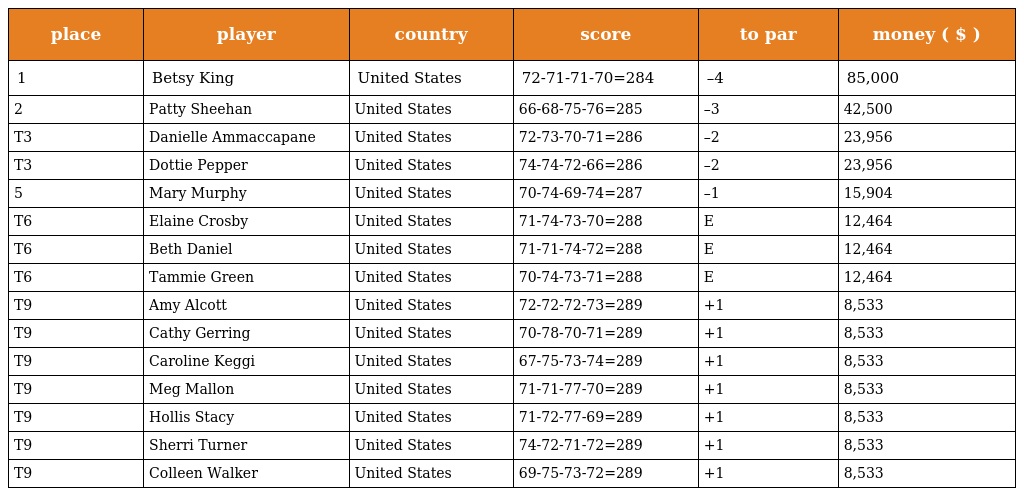
| place | player | country | score | to par | money ( $ ) |
 | --- | --- | --- | --- | --- | --- |
 | 1 | Betsy King | United States | 72-71-71-70=284 | –4 | 85,000 |
 | 2 | Patty Sheehan | United States | 66-68-75-76=285 | –3 | 42,500 |
 | T3 | Danielle Ammaccapane | United States | 72-73-70-71=286 | –2 | 23,956 |
 | T3 | Dottie Pepper | United States | 74-74-72-66=286 | –2 | 23,956 |
 | 5 | Mary Murphy | United States | 70-74-69-74=287 | –1 | 15,904 |
 | T6 | Elaine Crosby | United States | 71-74-73-70=288 | E | 12,464 |
 | T6 | Beth Daniel | United States | 71-71-74-72=288 | E | 12,464 |
 | T6 | Tammie Green | United States | 70-74-73-71=288 | E | 12,464 |
 | T9 | Amy Alcott | United States | 72-72-72-73=289 | +1 | 8,533 |
 | T9 | Cathy Gerring | United States | 70-78-70-71=289 | +1 | 8,533 |
 | T9 | Caroline Keggi | United States | 67-75-73-74=289 | +1 | 8,533 |
 | T9 | Meg Mallon | United States | 71-71-77-70=289 | +1 | 8,533 |
 | T9 | Hollis Stacy | United States | 71-72-77-69=289 | +1 | 8,533 |
 | T9 | Sherri Turner | United States | 74-72-71-72=289 | +1 | 8,533 |
 | T9 | Colleen Walker | United States | 69-75-73-72=289 | +1 | 8,533 |